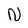
Character: N